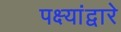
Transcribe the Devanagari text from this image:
पक्ष्यांद्वारे